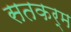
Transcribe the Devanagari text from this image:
सतकर्म